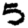
Digit: 5